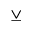
\veebar